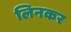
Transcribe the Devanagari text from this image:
लिनकर